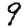
Digit: 9